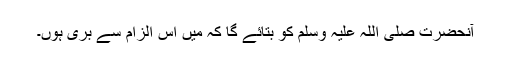
آنحضرت صلی اللہ علیہ وسلم کو بتائے گا کہ مَیں اس الزام سے بری ہوں۔